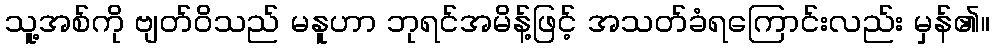
သူ့အစ်ကို ဗျတ်ဝိသည် မနူဟာ ဘုရင်အမိန့်ဖြင့် အသတ်ခံရကြောင်းလည်း မှန်၏။